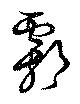
鄠